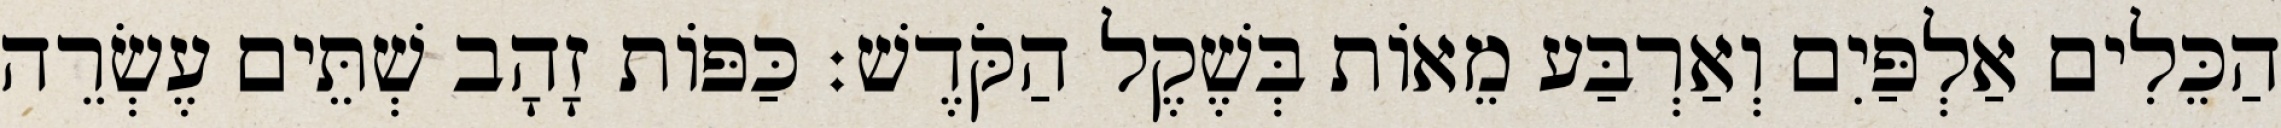
הַכֵּלִים אַלְפַּיִם וְאַרְבַּע מֵאוֹת בְּשֶׁקֶל הַקֹּדֶשׁ׃ כַּפּוֹת זָהָב שְׁתֵּים עֶשְׂרֵה